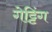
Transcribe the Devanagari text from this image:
गेट्टिंग